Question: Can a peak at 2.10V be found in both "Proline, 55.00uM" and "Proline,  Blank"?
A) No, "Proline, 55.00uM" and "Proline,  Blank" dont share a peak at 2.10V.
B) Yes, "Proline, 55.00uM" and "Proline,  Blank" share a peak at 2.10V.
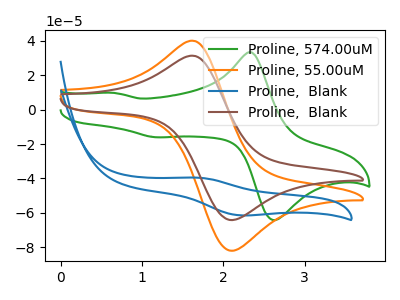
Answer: <think>The green curve "Proline, 574.00uM" has anodic peaks at (2.35V, 33.30uA) (0.65V, 9.70uA) and cathodic peaks at (2.70V, -63.55uA) (1.15V, -16.05uA). The orange curve "Proline, 55.00uM" has an anodic peak at (1.65V, 39.75uA) and a cathodic peak at (2.10V, -82.05uA). The blue curve "Proline,  Blank" has an anodic peak at (1.70V, -39.55uA) and a cathodic peak at (2.20V, -61.45uA). The brown curve "Proline,  Blank" has an anodic peak at (1.65V, 31.15uA) and a cathodic peak at (2.10V, -64.20uA).</think>
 <answer>B) Yes, "Proline, 55.00uM" and "Proline,  Blank" share a peak at 2.10V.</answer>
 <eval>B</eval>